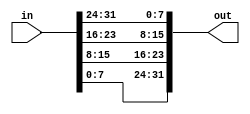
module top_module( 
    input [31:0] in,
    output [31:0] out );//

    // Part-select can be used on both the left side and right side of an assignment.
    assign {out[31:24], out[23:16], out[15:8], out[7:0]} = {in[7:0], in[15:8], in[23:16], in[31:24]};

endmodule